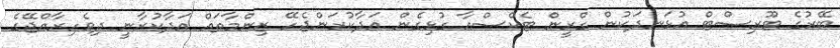
ބޭރުގެ ޓޫރިސްޓް އުޅަނދަކުން ގްރީން ޓެކްސްއާ ގުޅިގެން އަދާކުރަންޖެހޭ ޒިންމާތައް އަދާކުރާނީ ދިވެހިރާއްޖޭގެ